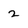
Character: 2